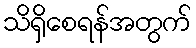
သိရှိစေရန်အတွက်